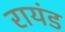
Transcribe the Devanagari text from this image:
रायंड